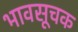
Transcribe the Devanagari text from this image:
भावसूचक